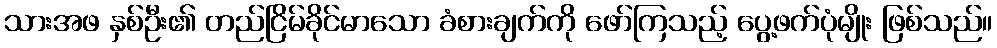
သားအဖ နှစ်ဦး၏ တည်ငြိမ်ခိုင်မာသော ခံစားချက်ကို ဖော်ကြသည့် ပွေ့ဖက်ပုံမျိုး ဖြစ်သည်။